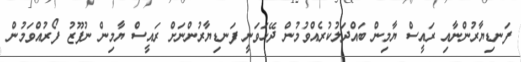
ފަނޑިޔާރުންނާއި ރައީސް ޔާމިން ބައްދަލުކުރެއްވުމުން ދޭހަވަނީ ފަނޑިޔާރުންނަށް ރައީސް ޔާމިން ނުފޫޒު ފޯރުއްވަމުން